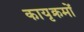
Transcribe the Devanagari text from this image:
कायृक्रमों